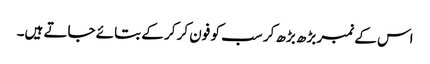
اس کے نمبر بڑھ بڑھ کر سب کو فون کر کر کے بتائے جاتے ہیں۔